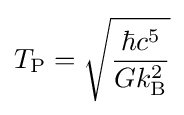
T_{\text{P}}={\sqrt {\frac {\hbar c^{5}}{Gk_{\text{B}}^{2}}}}